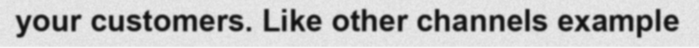
your customers. Like other channels example